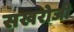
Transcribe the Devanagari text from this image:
सखरोजी